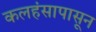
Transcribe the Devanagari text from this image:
कलहंसापासून